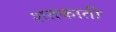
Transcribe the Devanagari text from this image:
शतकाती